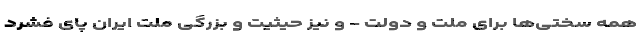
همه سختی‌ها برای ملت و دولت - و نیز حیثیت و بزرگی ملت ایران پای فشرد